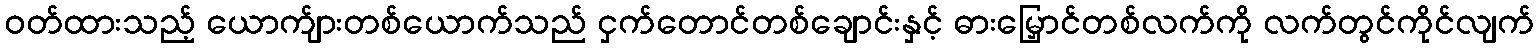
ဝတ်ထားသည့် ယောက်ျားတစ်ယောက်သည် ငှက်တောင်တစ်ချောင်းနှင့် ဓားမြှောင်တစ်လက်ကို လက်တွင်ကိုင်လျက်